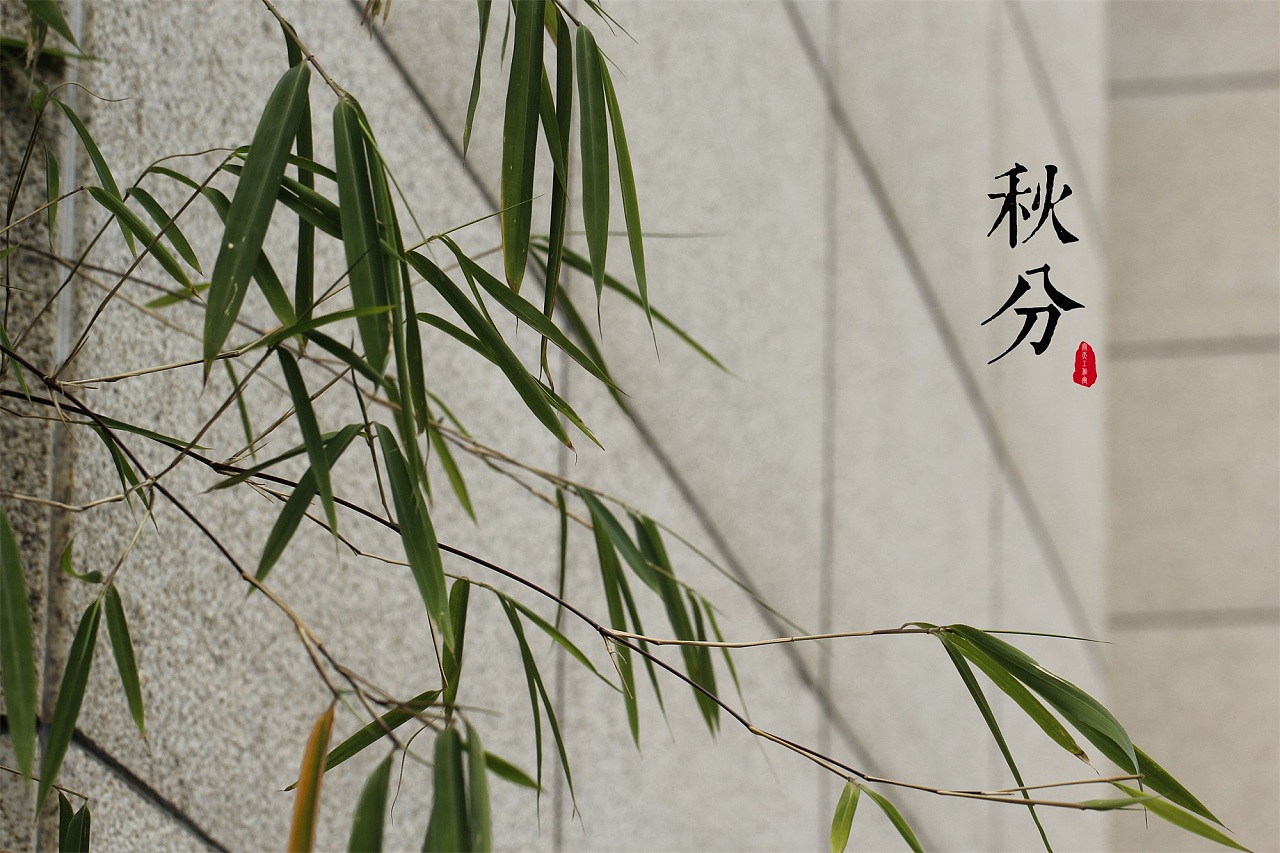
流星飞玉弹，宝剑落秋霜。